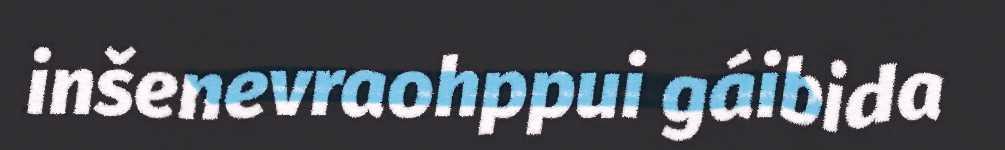
inšenevraohppui gáibida